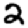
Digit: 2